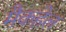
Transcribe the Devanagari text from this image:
मैकहेल